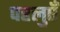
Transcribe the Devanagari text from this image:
पहलुएँ